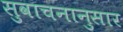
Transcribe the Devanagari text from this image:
सुवाचनानुसार